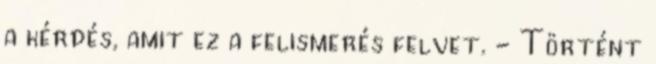
a kérdés, amit ez a felismerés felvet. - Történt